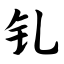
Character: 钆